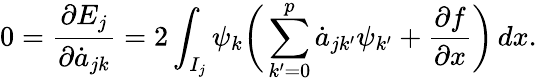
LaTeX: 0=\frac{\partial E_{j}}{\partial\dot{a}_{jk}}=2\int_{I_{j}}\psi_{k}\bigg(\sum_{k^{\prime}=0}^{p}\dot{a}_{jk^{\prime}}\psi_{k^{\prime}}+\frac{\partial f}{\partial x}\bigg)\mathop{dx}.